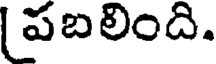
(పబలింది.